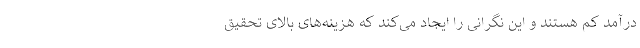
درآمد کم هستند و این نگرانی را ایجاد می‌کند که هزینه‌های بالای تحقیق